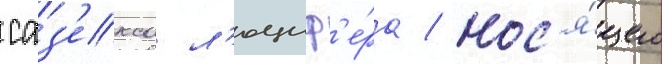
саз'екса л'юциф'е́ра / нос'я́щего